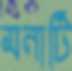
মনাটি